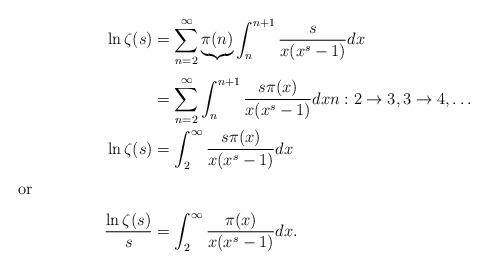
LaTeX: \begin{align*}\ln\zeta(s) &= \sum_{n=2}^\infty \underbrace{\pi(n)}_{}\int_{n}^{n+1} \frac{s}{x(x^s-1)}dx \\&= \sum_{n=2}^\infty \int_n^{n+1} \frac{s\pi(x)}{x(x^s-1)}dxn: 2\rightarrow 3,3\rightarrow4,\dots\\\ln\zeta(s) &= \int_2^\infty \frac{s\pi(x)}{x(x^s-1)}dx\intertext{or}\frac{\ln\zeta(s)}{s} &= \int_2^\infty \frac{\pi(x)}{x(x^s-1)}dx.\end{align*}